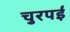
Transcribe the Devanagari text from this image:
चुरपई